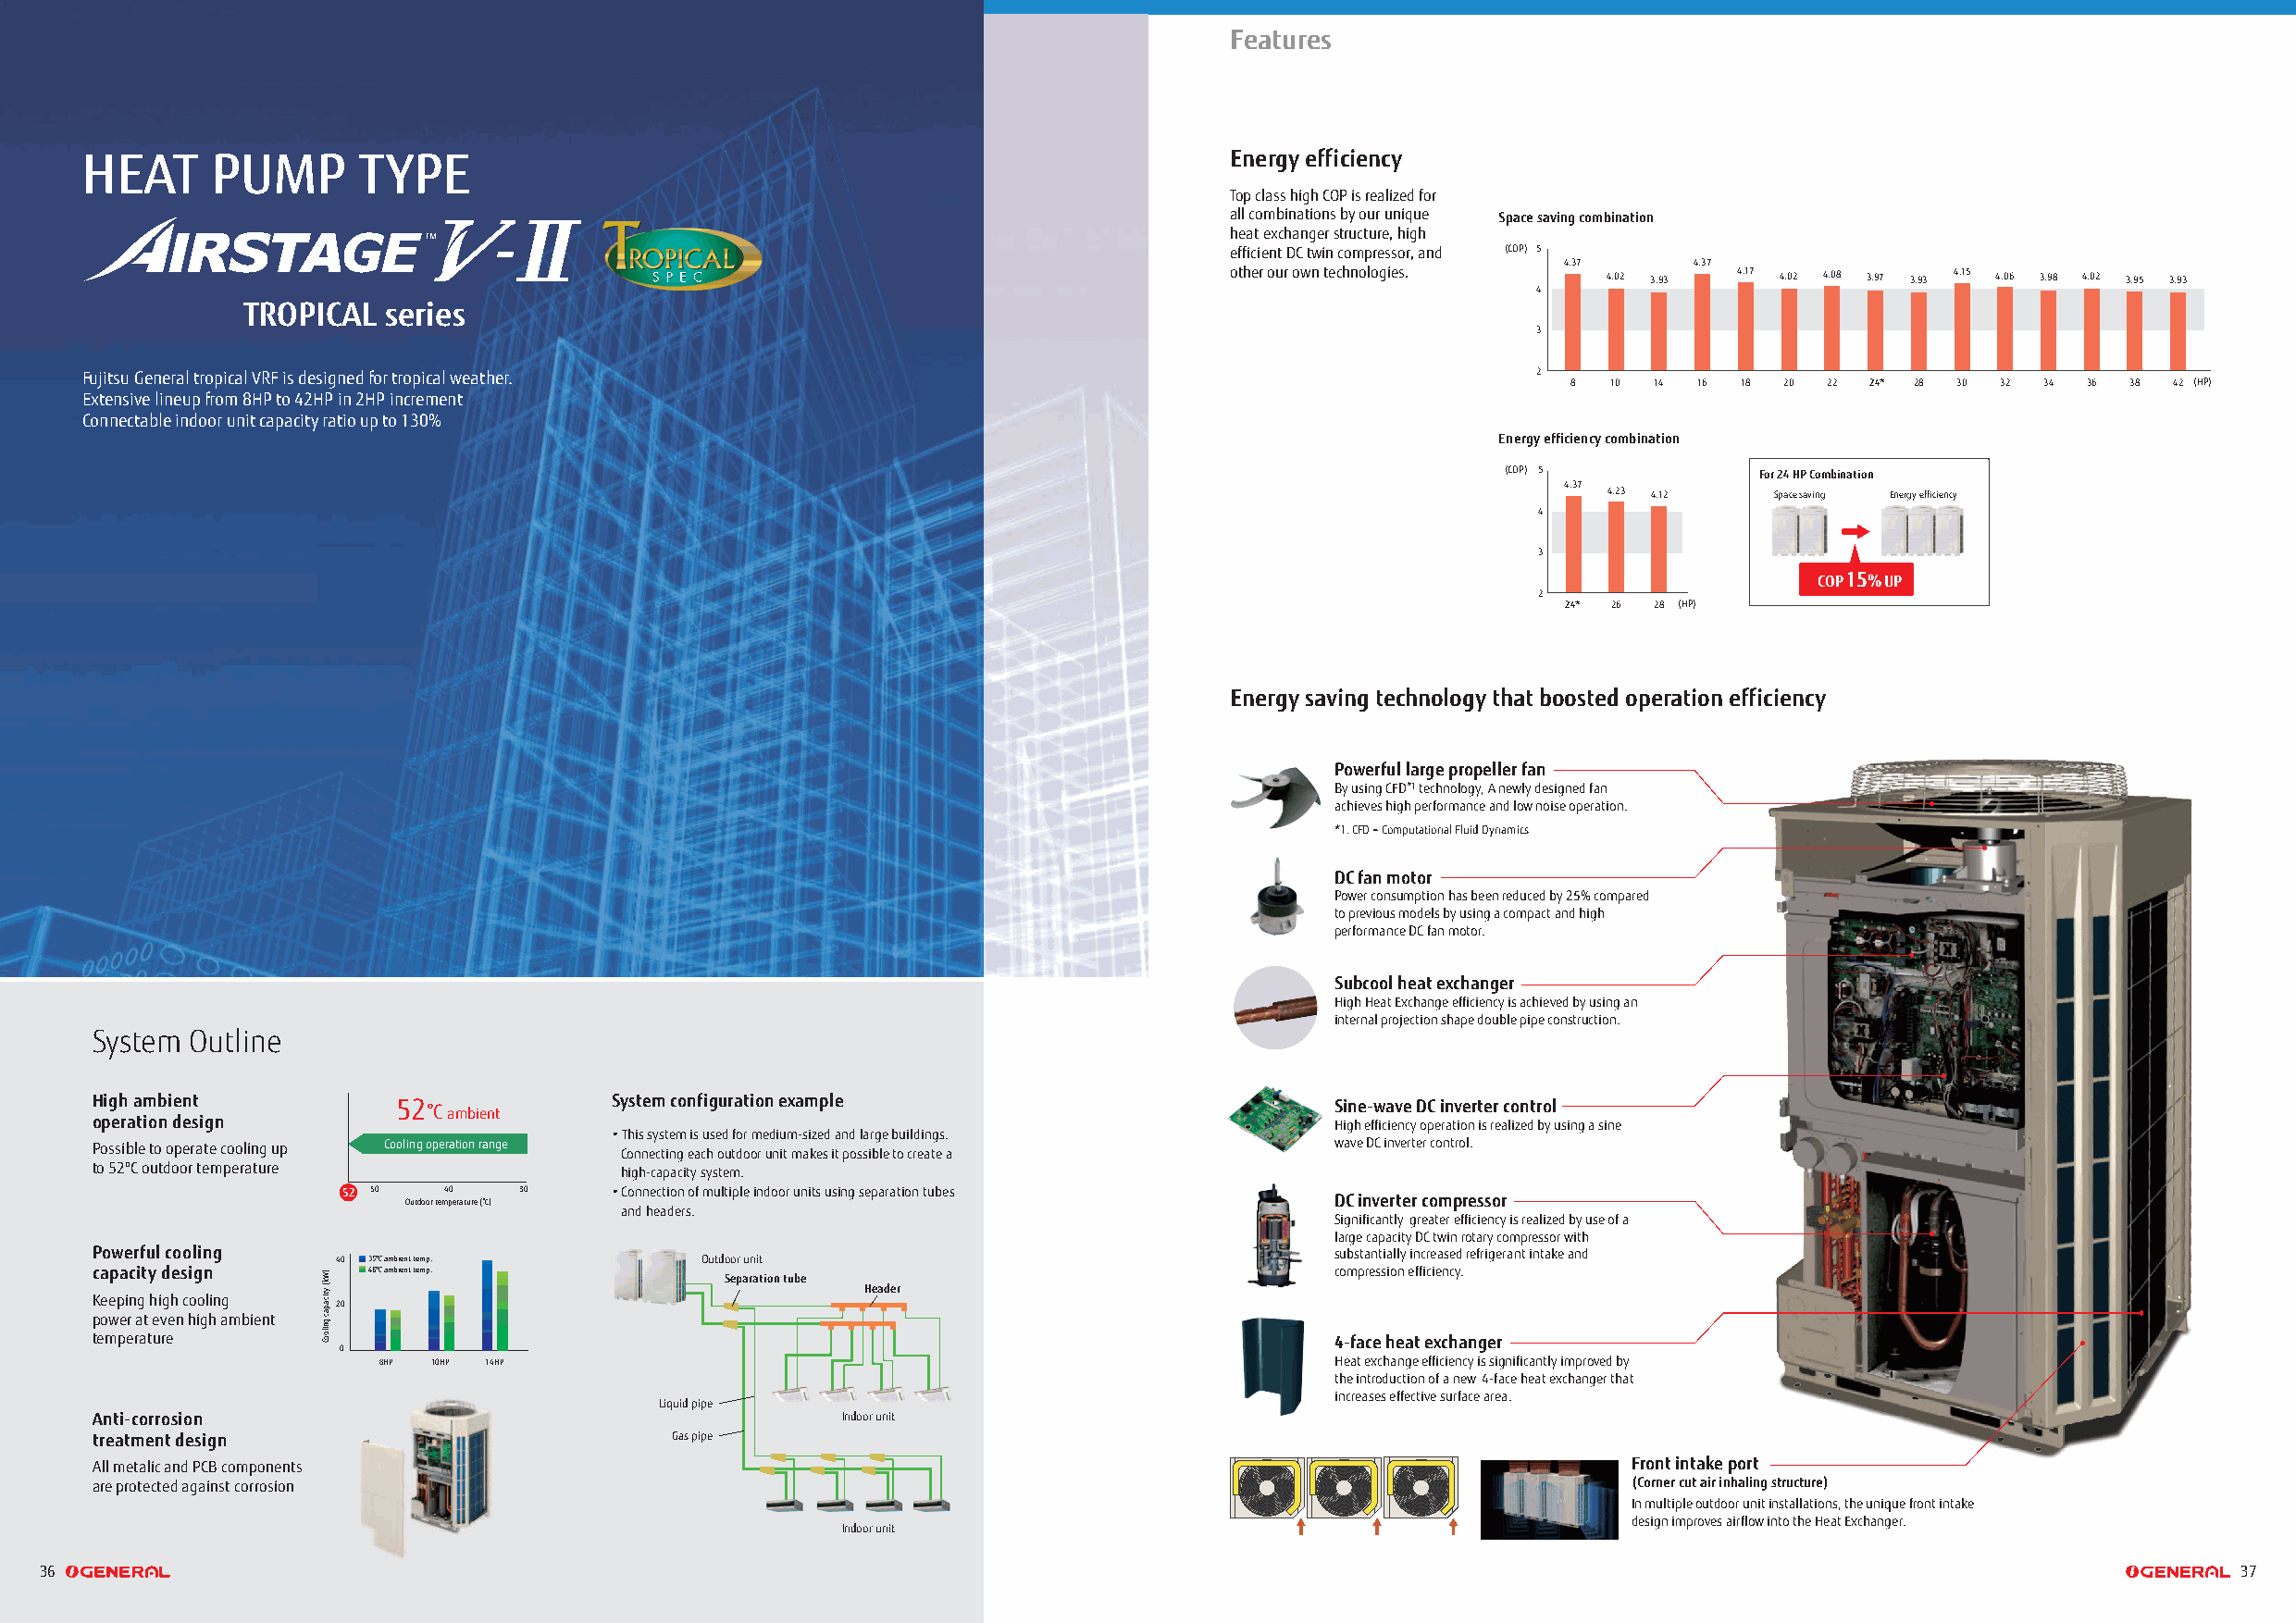
Features
 HEAT     PUMP       TYPE                                                          Energy efficiency
 Top class high COP is realized for
 all combinations by our unique Space saving combination
 heat exchanger structure, high
 efficient DC twin compressor, and (COP) 5
 4.37     4.37
 other our own technologies. 4.02 3.93 4.17 4.02 4.08 3.97 3.93 4.15 4.06 3.98 4.02 3.95 3.93
 4
 TROPICAL   series
 3
 Fujitsu General tropical VRF is designed for tropical weather.                                          2
 8  10 14 16  18 20 22 24* 28 30 32 34 36 38 42 (HP)
 Extensive lineup from 8HP to 42HP in 2HP increment
 Connectable indoor unit capacity ratio up to 130%
 Energy efficiency combination
 (COP) 5           For 24 HP Combination
 4.37
 4.23 4.12   Space saving Energy efficiency
 4
 3
 COP 15% UP
 2
 24* 26 28 (HP)
 Energy saving technology that boosted operation efficiency
 Powerful large propeller fan
 By using CFD*1 technology, A newly designed fan
 achieves high performance and low noise operation.
 *1. CFD = Computational Fluid Dynamics
 DC fan motor
 Power consumption has been reduced by 25% compared
 to previous models by using a compact and high
 performance DC fan motor.
 Subcool heat exchanger
 High Heat Exchange efficiency is achieved by using an
 internal projection shape double pipe construction.
 System Outline
 High ambient         52 °Cambient    System configuration example                       Sine-wave DC inverter control
 operation design                                                                        High efficiency operation is realized by using a sine
 • This system is used for medium-sized and large buildings.
 Possible to operate cooling up Cooling operation range Connecting each outdoor unit makes it possible to create a wave DC inverter control.
 to 52ºC outdoor temperature          high-capacity system.
 52 50  40   30     • Connection of multiple indoor units using separation tubes
 Outdoor temperature (°C)                                          DC inverter compressor
 and headers.
 Significantly greater efficiency is realized by use of a
 large capacity DC twin rotary compressor with
 Powerful cooling                                                                        substantially increased refrigerant intake and
 40 35ºC ambient temp.     Outdoor unit
 capacity design    46ºC ambient temp.                                                   compression efficiency. Separation tube
 Header
 Keeping high cooling
 20
 power at even high ambient
 temperature                                                                             4-face heat exchanger
 0
 8HP 10HP 14HP                                                       Heat exchange efficiency is significantly improved by
 the introduction of a new 4-face heat exchanger that
 increases effective surface area.
 Liquid pipe
 Anti-corrosion                                       Indoor unit
 treatment design                         Gas pipe
 All metalic and PCB components                                                                                Front intake port
 are protected against corrosion                                                                               (Corner cut air inhaling structure)
 In multiple outdoor unit installations, the unique front intake
 design improves airflow into the Heat Exchanger.
 Indoor unit
 36                                                                                                                                                           37
 )Wk(
 yticapac
 gnilooC